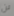
لن